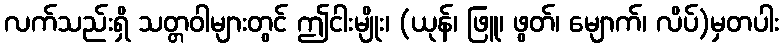
လက်သည်းရှိ သတ္တဝါများတွင် ဤငါးမျိုး၊ (ယုန်၊ ဖြူ၊ ဖွတ်၊ မျောက်၊ လိပ်)မှတပါး